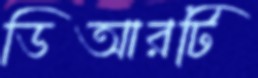
ডিআরটি